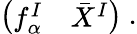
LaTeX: \left(\begin{array}{cc}{{f_{\alpha}^{I}}}&{{\bar{X}^{I}}}\end{array}\right)\ .